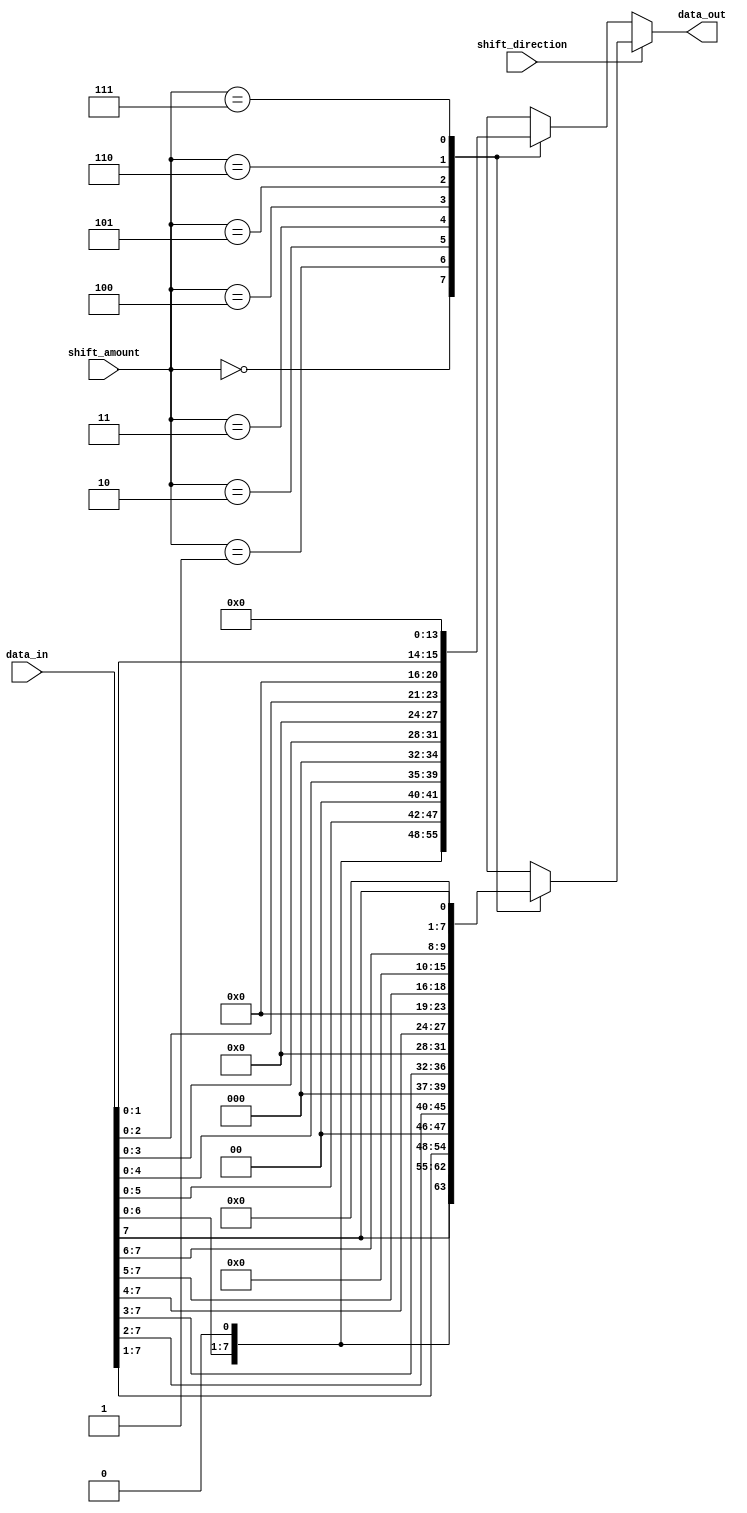
module Barrel_Shifter (
  input [7:0] data_in,
  input [2:0] shift_amount,
  input shift_direction,   // 0 for left shift, 1 for right shift
  output reg [7:0] data_out
);

always @(*) begin
  if (shift_direction == 0) begin
    // Left shift
    case(shift_amount)
      3'd0: data_out = data_in;
      3'd1: data_out = {data_in[6:0], 1'b0};
      3'd2: data_out = {data_in[5:0], 2'b0};
      3'd3: data_out = {data_in[4:0], 3'b0};
      3'd4: data_out = {data_in[3:0], 4'b0};
      3'd5: data_out = {data_in[2:0], 5'b0};
      3'd6: data_out = {data_in[1:0], 6'b0};
      3'd7: data_out = {1'b0, 7'b0};
      default: data_out = data_in;
    endcase
  end
  else begin
    // Right shift
    case(shift_amount)
      3'd0: data_out = data_in;
      3'd1: data_out = {1'b0, data_in[7:1]};
      3'd2: data_out = {2'b0, data_in[7:2]};
      3'd3: data_out = {3'b0, data_in[7:3]};
      3'd4: data_out = {4'b0, data_in[7:4]};
      3'd5: data_out = {5'b0, data_in[7:5]};
      3'd6: data_out = {6'b0, data_in[7:6]};
      3'd7: data_out = {7'b0, data_in[7]};
      default: data_out = data_in;
    endcase
  end
end

endmodule